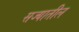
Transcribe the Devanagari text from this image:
सज्यातील